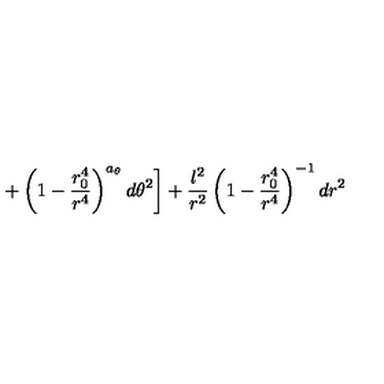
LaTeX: \left. + \left( 1 - \frac { r _ { 0 } ^ { 4 } } { r ^ { 4 } } \right) ^ { a _ { \theta } } d \theta ^ { 2 } \right] + \frac { l ^ { 2 } } { r ^ { 2 } } \left( 1 - \frac { r _ { 0 } ^ { 4 } } { r ^ { 4 } } \right) ^ { - 1 } d r ^ { 2 }